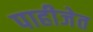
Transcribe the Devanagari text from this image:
पाहीजेत